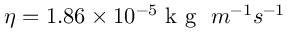
\eta = 1 . 8 6 \times 1 0 ^ { - 5 } \mathrm { ~ k ~ g ~ } \ m ^ { - 1 } s ^ { - 1 }